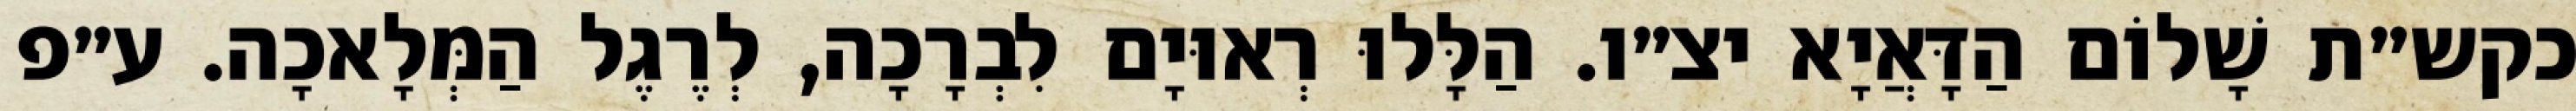
כקש״ת שָׁלוֹם הַדָּאֲיָא יצ״ו. הַלָּלוּ רְאוּיָם לִבְרָכָה, לְרֶגֶל הַמְּלָאכָה. ע״פ